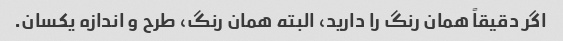
اگر دقیقاً همان رنگ را دارید، البته همان رنگ، طرح و اندازه یکسان.